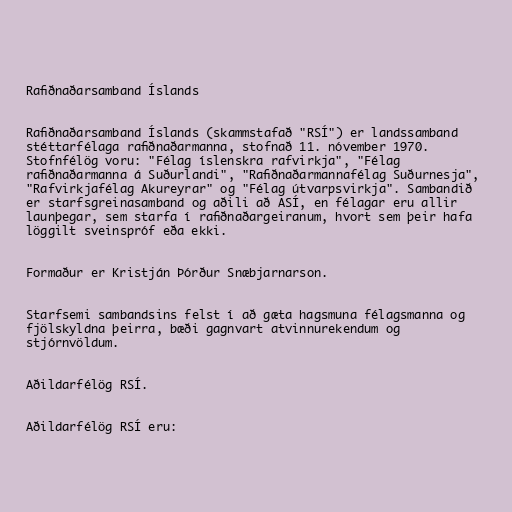
Rafiðnaðarsamband Íslands

Rafiðnaðarsamband Íslands (skammstafað "RSÍ") er landssamband
stéttarfélaga rafiðnaðarmanna, stofnað 11. nóvember 1970.
Stofnfélög voru: "Félag íslenskra rafvirkja", "Félag
rafiðnaðarmanna á Suðurlandi", "Rafiðnaðarmannafélag Suðurnesja",
"Rafvirkjafélag Akureyrar" og "Félag útvarpsvirkja". Sambandið
er starfsgreinasamband og aðili að ASÍ, en félagar eru allir
launþegar, sem starfa í rafiðnaðargeiranum, hvort sem þeir hafa
löggilt sveinspróf eða ekki.

Formaður er Kristján Þórður Snæbjarnarson.

Starfsemi sambandsins felst í að gæta hagsmuna félagsmanna og
fjölskyldna þeirra, bæði gagnvart atvinnurekendum og
stjórnvöldum.

Aðildarfélög RSÍ.

Aðildarfélög RSÍ eru: